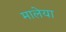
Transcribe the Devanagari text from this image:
मालेया